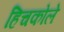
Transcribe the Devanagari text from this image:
हिचकोले